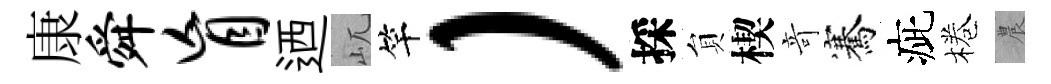
康舜盲迺屼竿）採貟楔竒騫疵棬農